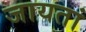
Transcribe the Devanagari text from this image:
जायतां